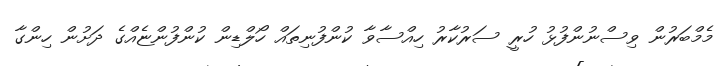
މެމްބަރުން ވިސްނުންފުޅު ހުރީ ސަރުކާރު ހިއްސާވާ ކުންފުނިތައް ހޯލްޑިން ކުންފުންޏެއްގެ ދަށުން ހިންގާ